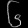
Digit: ၆